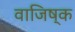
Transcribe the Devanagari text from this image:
वाजिष्क